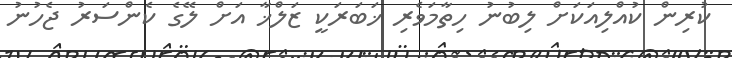
ކުރިން ކުއްލިއަކަށް ލިބުނު ހިތާމަވެރި ޚަބަރަކީ ޒަލްޚާ އަށް ލޭގެ ކެންސަރު ޖެހުނު